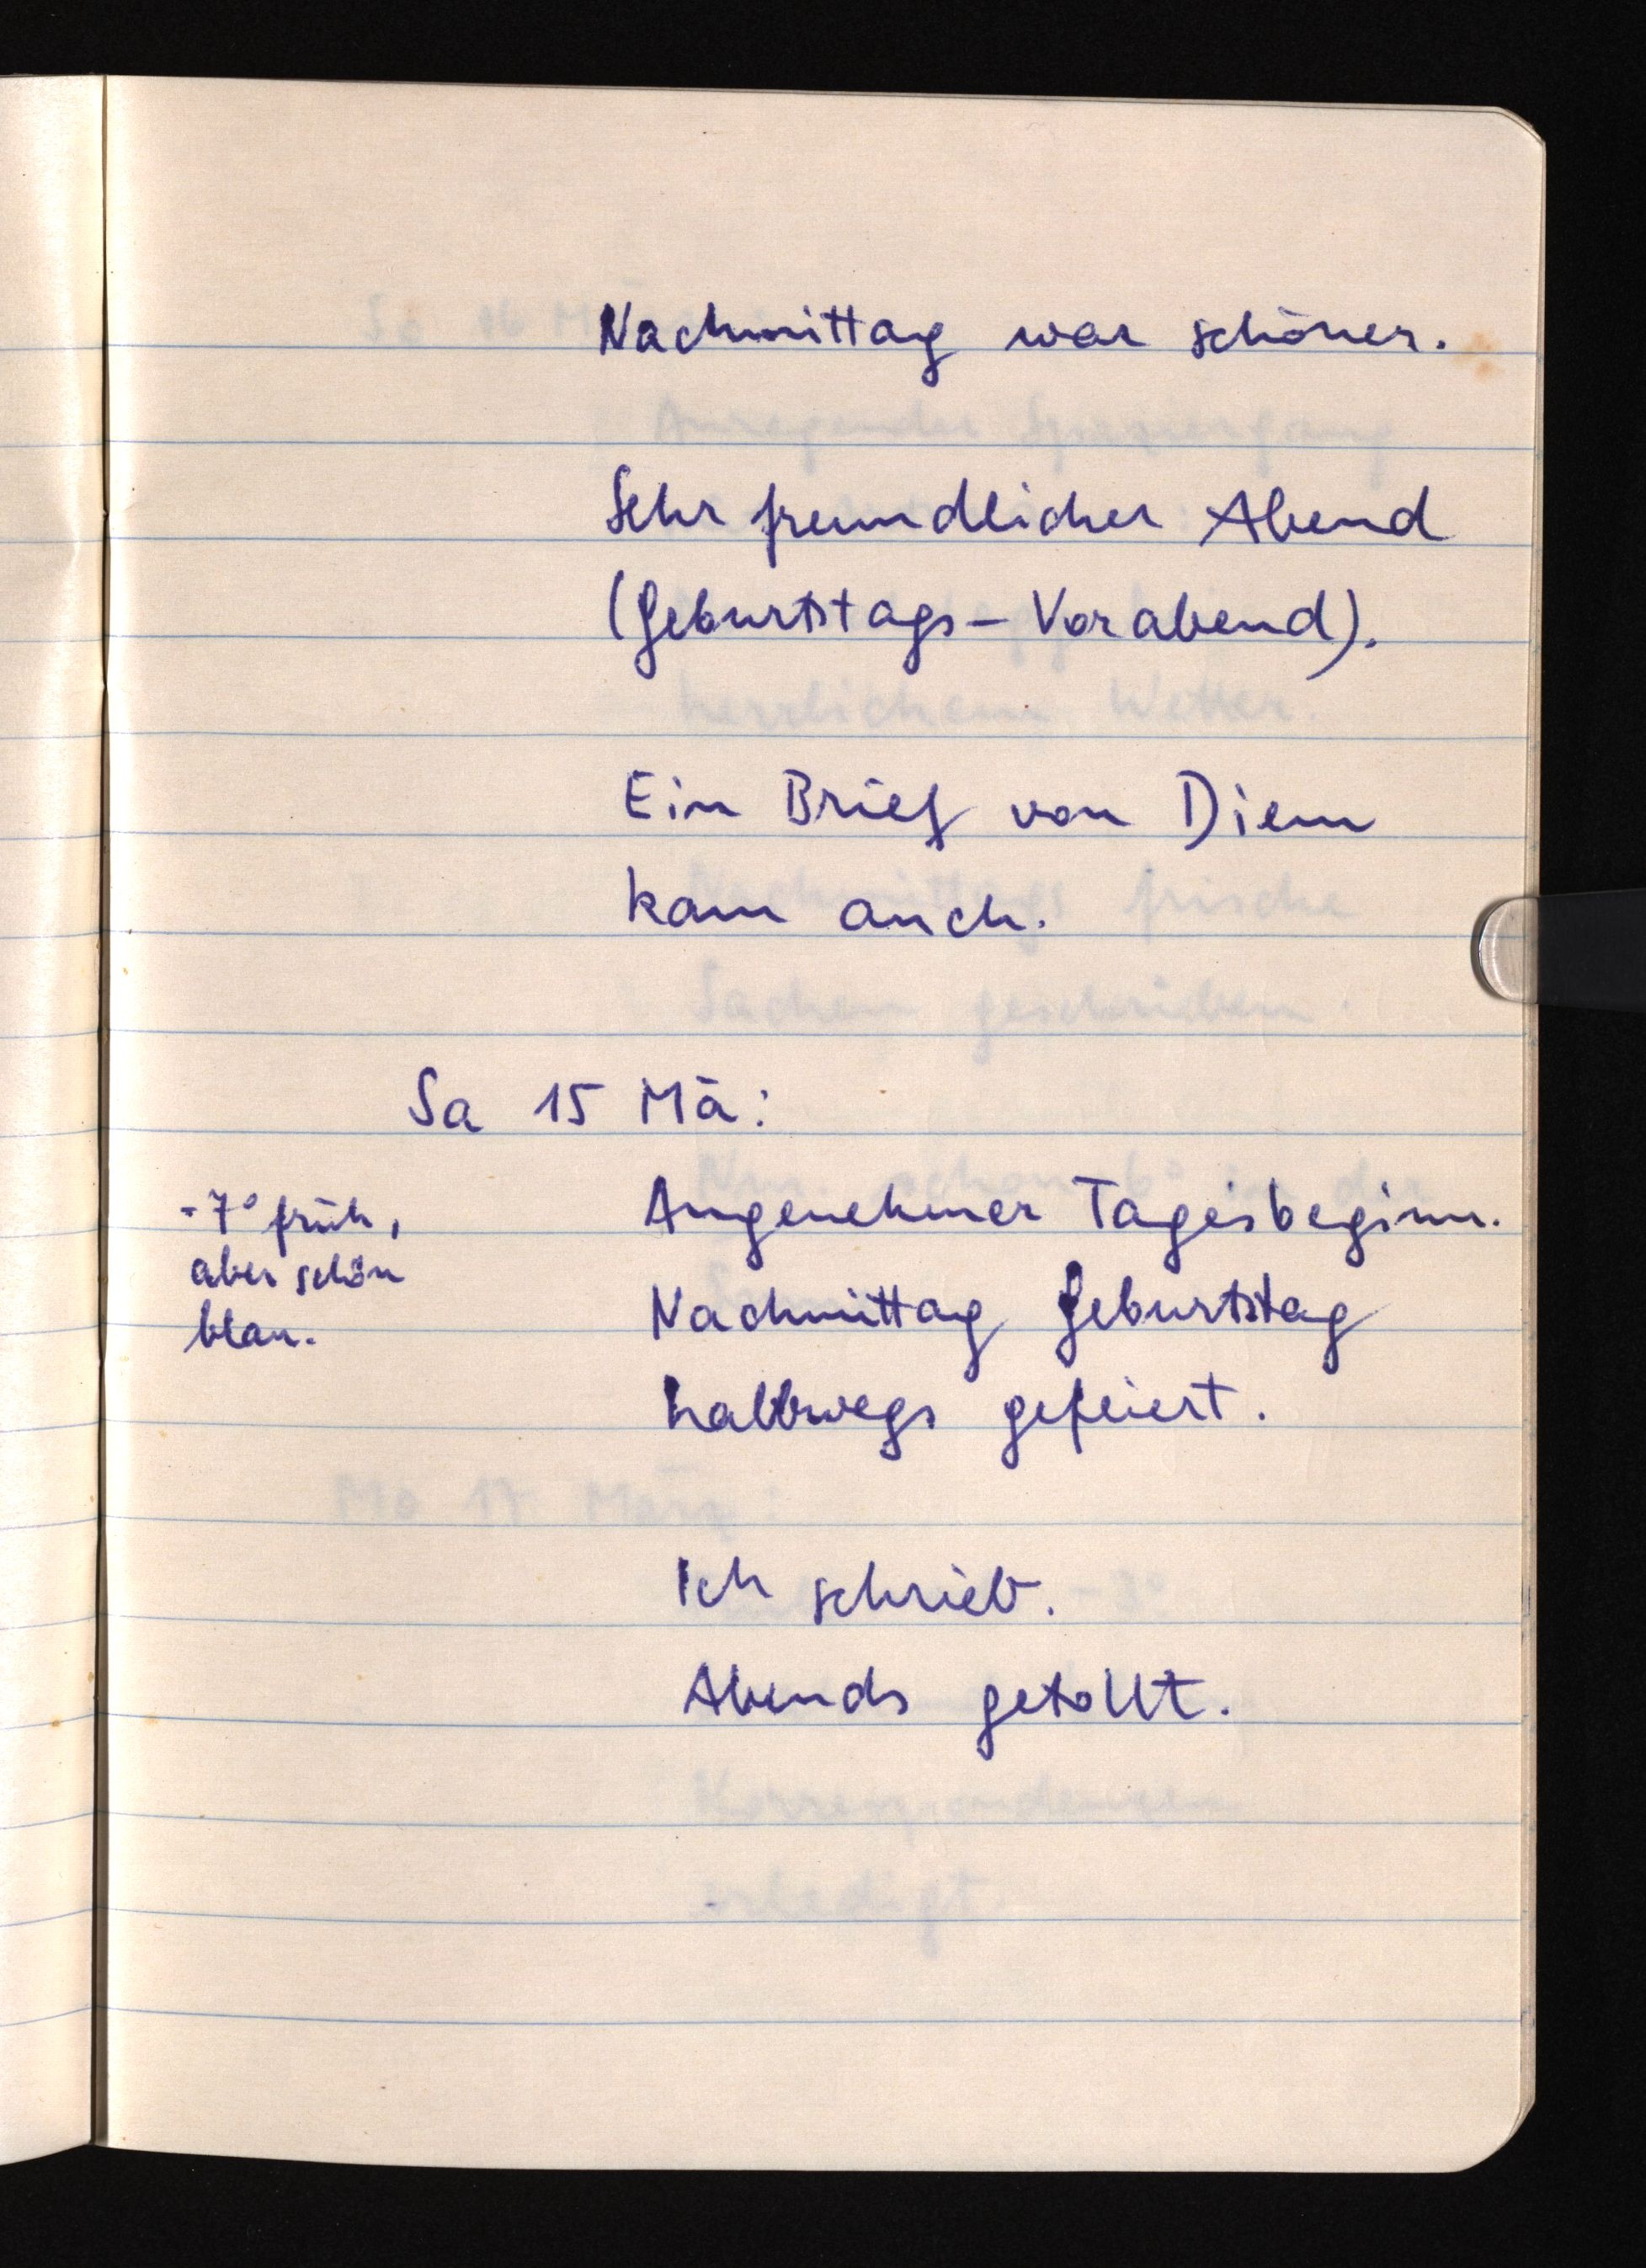
Nachmittag war schöner.
Sehr freundlicher Abend
(Geburtstags-Vorabend).
Ein Brief von Diem
kam auch.
Sa 15 Mä:
Angenehmer Tagesbeginn.
Nachmittag Geburtstag
halbwegs gefeiert.
Ich schrieb.
Abends getollt.

-7° früh,
aber schön
blau.